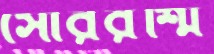
সৌররশ্মি